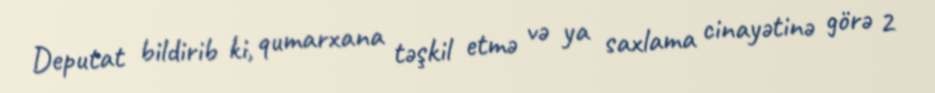
Deputat bildirib ki, qumarxana təşkil etmə və ya saxlama cinayətinə görə 2